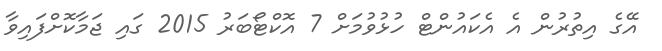
އޭގެ އިތުރުން އެ އެކައުންޓް ހުޅުވުމަށް 7 އޮކްޓޯބަރު 2015 ގައި ޖަމާކޮށްފައިވާ